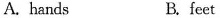
A. hands B. feet